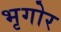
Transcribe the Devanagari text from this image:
भृगोर